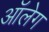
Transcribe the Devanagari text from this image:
आॅलेग